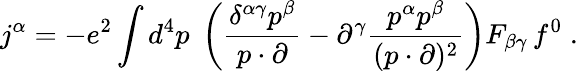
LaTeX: j^{\alpha}=-e^{2}\int d^{4}p\; \left(\frac{\delta^{\alpha\gamma}p^{\beta}}{p\cdot\partial}-\partial^{\gamma}\frac{p^{\alpha}p^{\beta}}{(p\cdot\partial)^{2}}\right)F_{\beta\gamma}\, f^{0}\; .